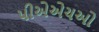
પીએએચઓ